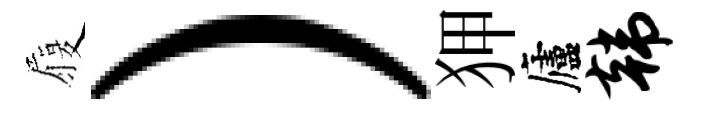
履）狎廬韩